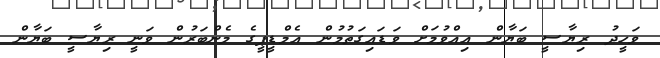
ވަހީދު ރިޔާސީ ބަޔާން އިއްވުމަށް ވަޑައިގަތުމުން އެމްޑީޕީގެ މެންބަރުން ވަނީ ރިޔާސީ ބަޔާން